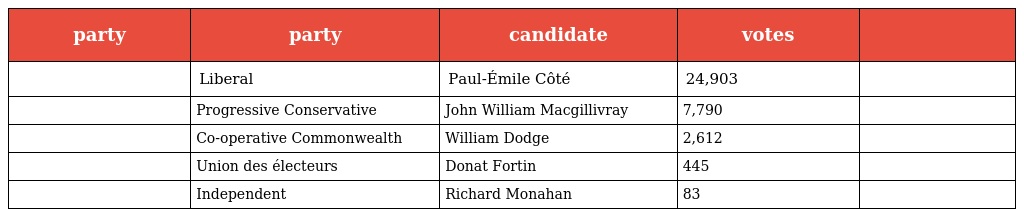
| party | party | candidate | votes |  |
 | --- | --- | --- | --- | --- |
 |  | Liberal | Paul-Émile Côté | 24,903 |  |
 |  | Progressive Conservative | John William Macgillivray | 7,790 |  |
 |  | Co-operative Commonwealth | William Dodge | 2,612 |  |
 |  | Union des électeurs | Donat Fortin | 445 |  |
 |  | Independent | Richard Monahan | 83 |  |